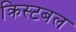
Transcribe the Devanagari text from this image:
क्रिस्टबल